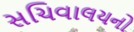
સચિવાલયનો